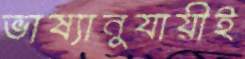
ভাষ্যানুযায়ীই